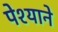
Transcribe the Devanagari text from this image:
पेश्याने